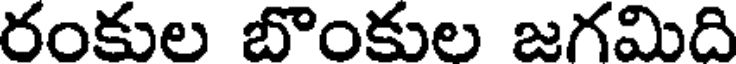
రంకుల బొంకుల జగమిది